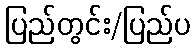
ပြည်တွင်း/ပြည်ပ